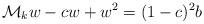
LaTeX: \begin{align*}\mathcal{M}_k w-cw+w^2=(1-c)^2b\end{align*}